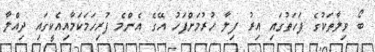
ބޯ ވިލާތަކުގެ ފަހަތުގައި އިރު ފިލާ ހުރުމަށްފަހު އޭގެ އެންމެ ފުރިހަމަކަމާއިއެކީގައި ދިއްލާ